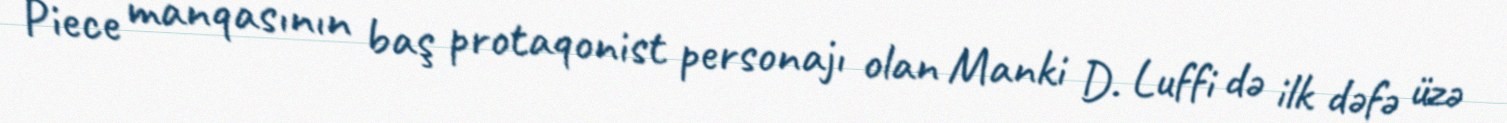
Piece manqasının baş protaqonist personajı olan Manki D. Luffi də ilk dəfə üzə